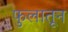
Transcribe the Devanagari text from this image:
फुलातून